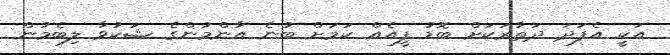
އަކީ އެފަދަ ދަތުރަކަށް ބޮޑު ފީއެއް ކަމަށް ބުނެ އާންމުންގެ ޝަކުވާ ލިބެމުން